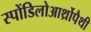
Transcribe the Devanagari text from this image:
स्पोंडिलोआर्थ्रोपैथी